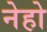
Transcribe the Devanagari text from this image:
नेहो